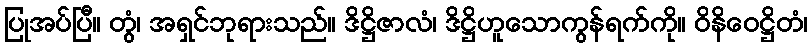
ပြုအပ်ပြီ။ တွံ၊ အရှင်ဘုရားသည်။ ဒိဋ္ဌိဇာလံ၊ ဒိဋ္ဌိဟူသောကွန်ရက်ကို။ ဝိနိဝေဋ္ဌိတံ၊